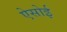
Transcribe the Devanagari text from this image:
ऐसोई